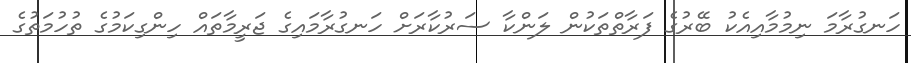
ހަނގުރާމަ ނިމުމާއިއެކު ބޭރުގެ ފަރާތްތަކުން ލަންކާ ސަރުކާރަށް ހަނގުރާމައިގެ ޖަރީމާތައް ހިންގިކަމުގެ ތުހުމަތުގެ